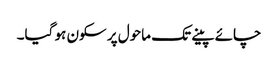
چائے پینے تک ماحول پر سکون ہو گیا۔